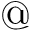
@